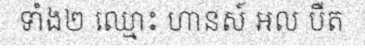
ទាំង២ ឈ្មោះ ហានស៍ អល បឺត